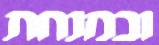
ובמנחת